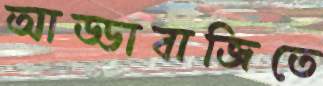
আড্ডাবাজিতে